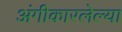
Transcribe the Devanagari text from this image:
अंगीकारलेल्या